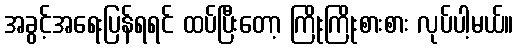
အခွင့်အရေးပြန်ရရင် ထပ်ပြီးတော့ ကြိုးကြိုးစားစား လုပ်ပါ့မယ်။